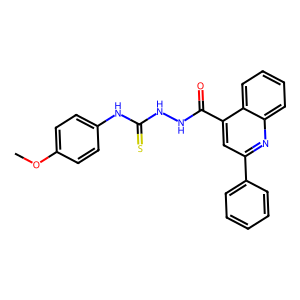
SMILES: COc1ccc(NC(=S)NNC(=O)c2cc(-c3ccccc3)nc3ccccc23)cc1
Inhibits HIV replication: No